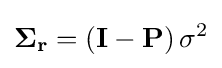
\mathbf {\Sigma } _{\mathbf {r} }=\left(\mathbf {I} -\mathbf {P} \right)\sigma ^{2}